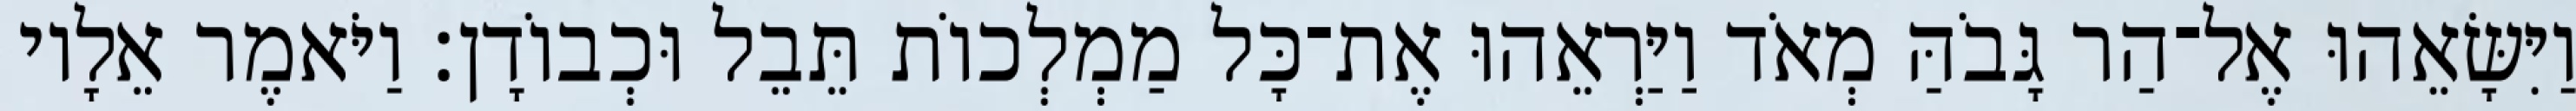
וַיִּשָּׂאֵהוּ אֶל־הַר גָּבֹהַּ מְאֹד וַיַּרְאֵהוּ אֶת־כָּל מַמְלְכוֹת תֵּבֵל וּכְבוֹדָן׃ וַיֹּאמֶר אֵלָיו